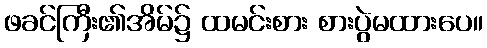
ဖခင်ကြီး၏အိမ်၌ ထမင်းစား စားပွဲမထားပေ။